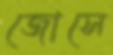
জোসে